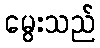
မွေးသည်